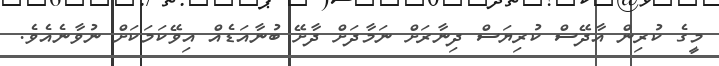
މީގެ ކުރިން އާދޭސް ކުރިޔަސް ދިނާރަށް ނަމާދަށް ދާށޭ ބުނާއަޑެއް އިވޭކަމަކަށް ނުވާނެއެވެ.